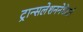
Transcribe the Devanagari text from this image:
ट्रान्सलेशननेघेतले